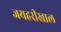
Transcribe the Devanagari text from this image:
जयहरीखाल